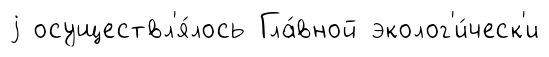
j осуществл'я́лось Гла́вной эколог'и́ческ'и